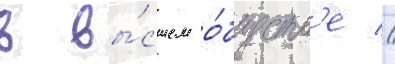
в вы́сшем о́бществ'е //